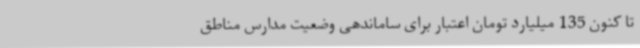
تا کنون 135 میلیارد تومان اعتبار برای ساماندهی وضعیت مدارس مناطق